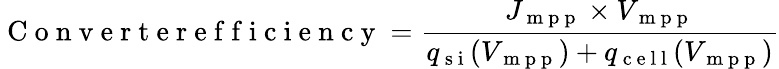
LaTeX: \mathrm{~C~o~n~v~e~r~t~e~r~e~f~f~i~c~i~e~n~c~y~}=\frac{J_{\mathrm{~m~p~p~}}\times V_{\mathrm{~m~p~p~}}}{q_{\mathrm{~s~i~}}(V_{\mathrm{~m~p~p~}})+q_{\mathrm{~c~e~l~l~}}(V_{\mathrm{~m~p~p~}})}